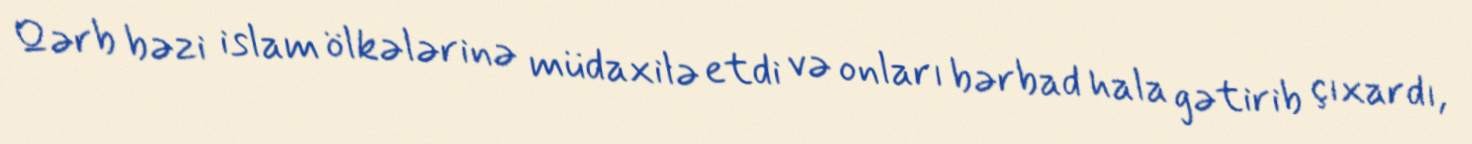
Qərb bəzi islam ölkələrinə müdaxilə etdi və onları bərbad hala gətirib çıxardı,